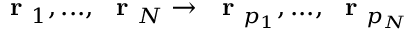
\mathrm { ~ \bf ~ r ~ } _ { 1 } , . . . , \mathrm { ~ \bf ~ r ~ } _ { N } \to \mathrm { ~ \bf ~ r ~ } _ { p _ { 1 } } , . . . , \mathrm { ~ \bf ~ r ~ } _ { p _ { N } }